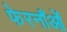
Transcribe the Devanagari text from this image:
फेरनाँओं